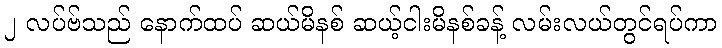
၂ လပ်ဗ်သည် နောက်ထပ် ဆယ်မိနစ် ဆယ့်ငါးမိနစ်ခန့် လမ်းလယ်တွင်ရပ်ကာ